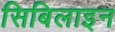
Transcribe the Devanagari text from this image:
सिबिलाइन